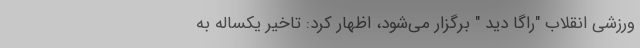
ورزشی انقلاب "راگا دید ‌" برگزار می‌شود، اظهار کرد: تاخیر یکساله به